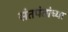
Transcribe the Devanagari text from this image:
संतपंतांच्या